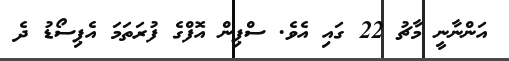
އަންނާނީ މާޗު 22 ގައި އެވެ. ސްޕިން އޮފްގެ ފުރަތަމަ އެޕިސޯޑު ދެ